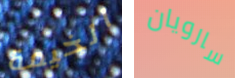
الخيمة سارويان